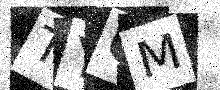
Text: TYQM